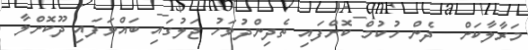
މަރާލާކަށް  ދެން ހުކުމް ކޮށްފައި ތެދިންދުވަހު ޖަލުގައި ބައްވަފައި ދޫކޮށްލާ